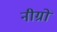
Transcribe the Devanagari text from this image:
नीग्रों